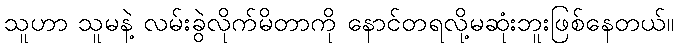
သူဟာ သူမနဲ့ လမ်းခွဲလိုက်မိတာကို နောင်တရလို့မဆုံးဘူးဖြစ်နေတယ်။